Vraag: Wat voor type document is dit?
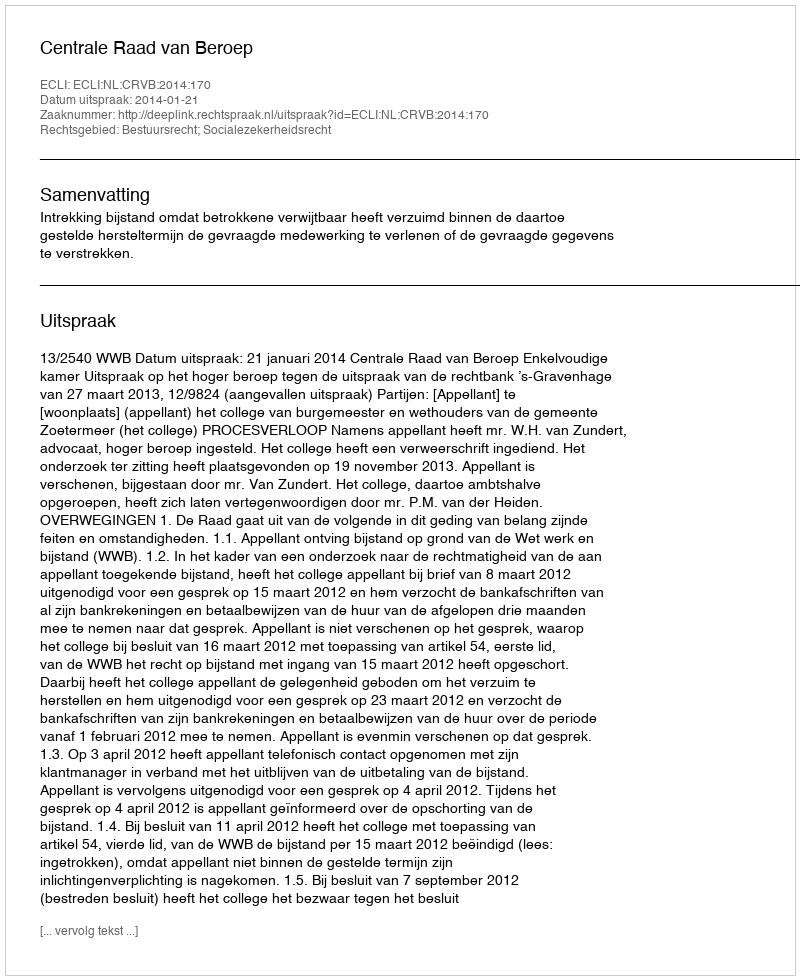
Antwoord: Uitspraak